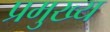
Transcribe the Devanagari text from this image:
प्रमुख्‍य